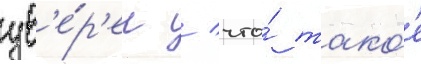
ув'е́р'ен / что́ тако́е